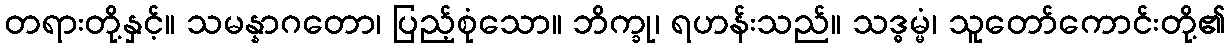
တရားတို့နှင့်။ သမန္နာဂတော၊ ပြည့်စုံသော။ ဘိက္ခု၊ ရဟန်းသည်။ သဒ္ဓမ္မံ၊ သူတော်ကောင်းတို့၏